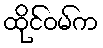
ထိုင်ဝမ်က